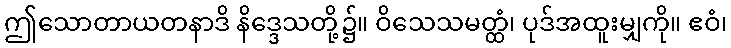
ဤသောတာယတနာဒိ နိဒ္ဒေသတို့၌။ ဝိသေသမတ္ထံ၊ ပုဒ်အထူးမျှကို။ ဧဝံ၊